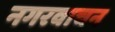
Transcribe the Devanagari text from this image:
नगरवाचन